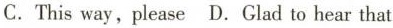
C. This way, please D. Glad to hear that